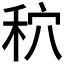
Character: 𮂾